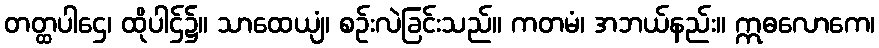
တတ္ထပါဌေ၊ ထိုပါဌ်၌။ သာထေယျံ၊ စဉ်းလဲခြင်းသည်။ ကတမံ၊ အဘယ်နည်း။ ဣဓလောကေ၊